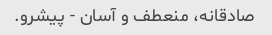
صادقانه، منعطف و آسان - پیشرو.